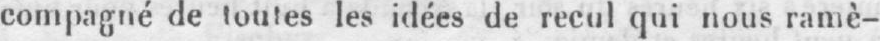
compagné de toutes les idées de recul qui nous ramè-